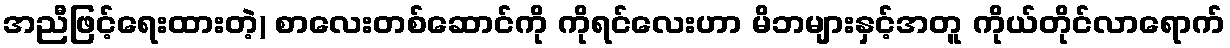
အညီဖြင့်ရေးထားတဲ့) စာလေးတစ်ဆောင်ကို ကိုရင်လေးဟာ မိဘများနှင့်အတူ ကိုယ်တိုင်လာရောက်